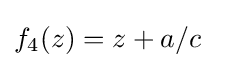
f_{4}(z)=z+a/c\quad